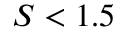
S < 1 . 5